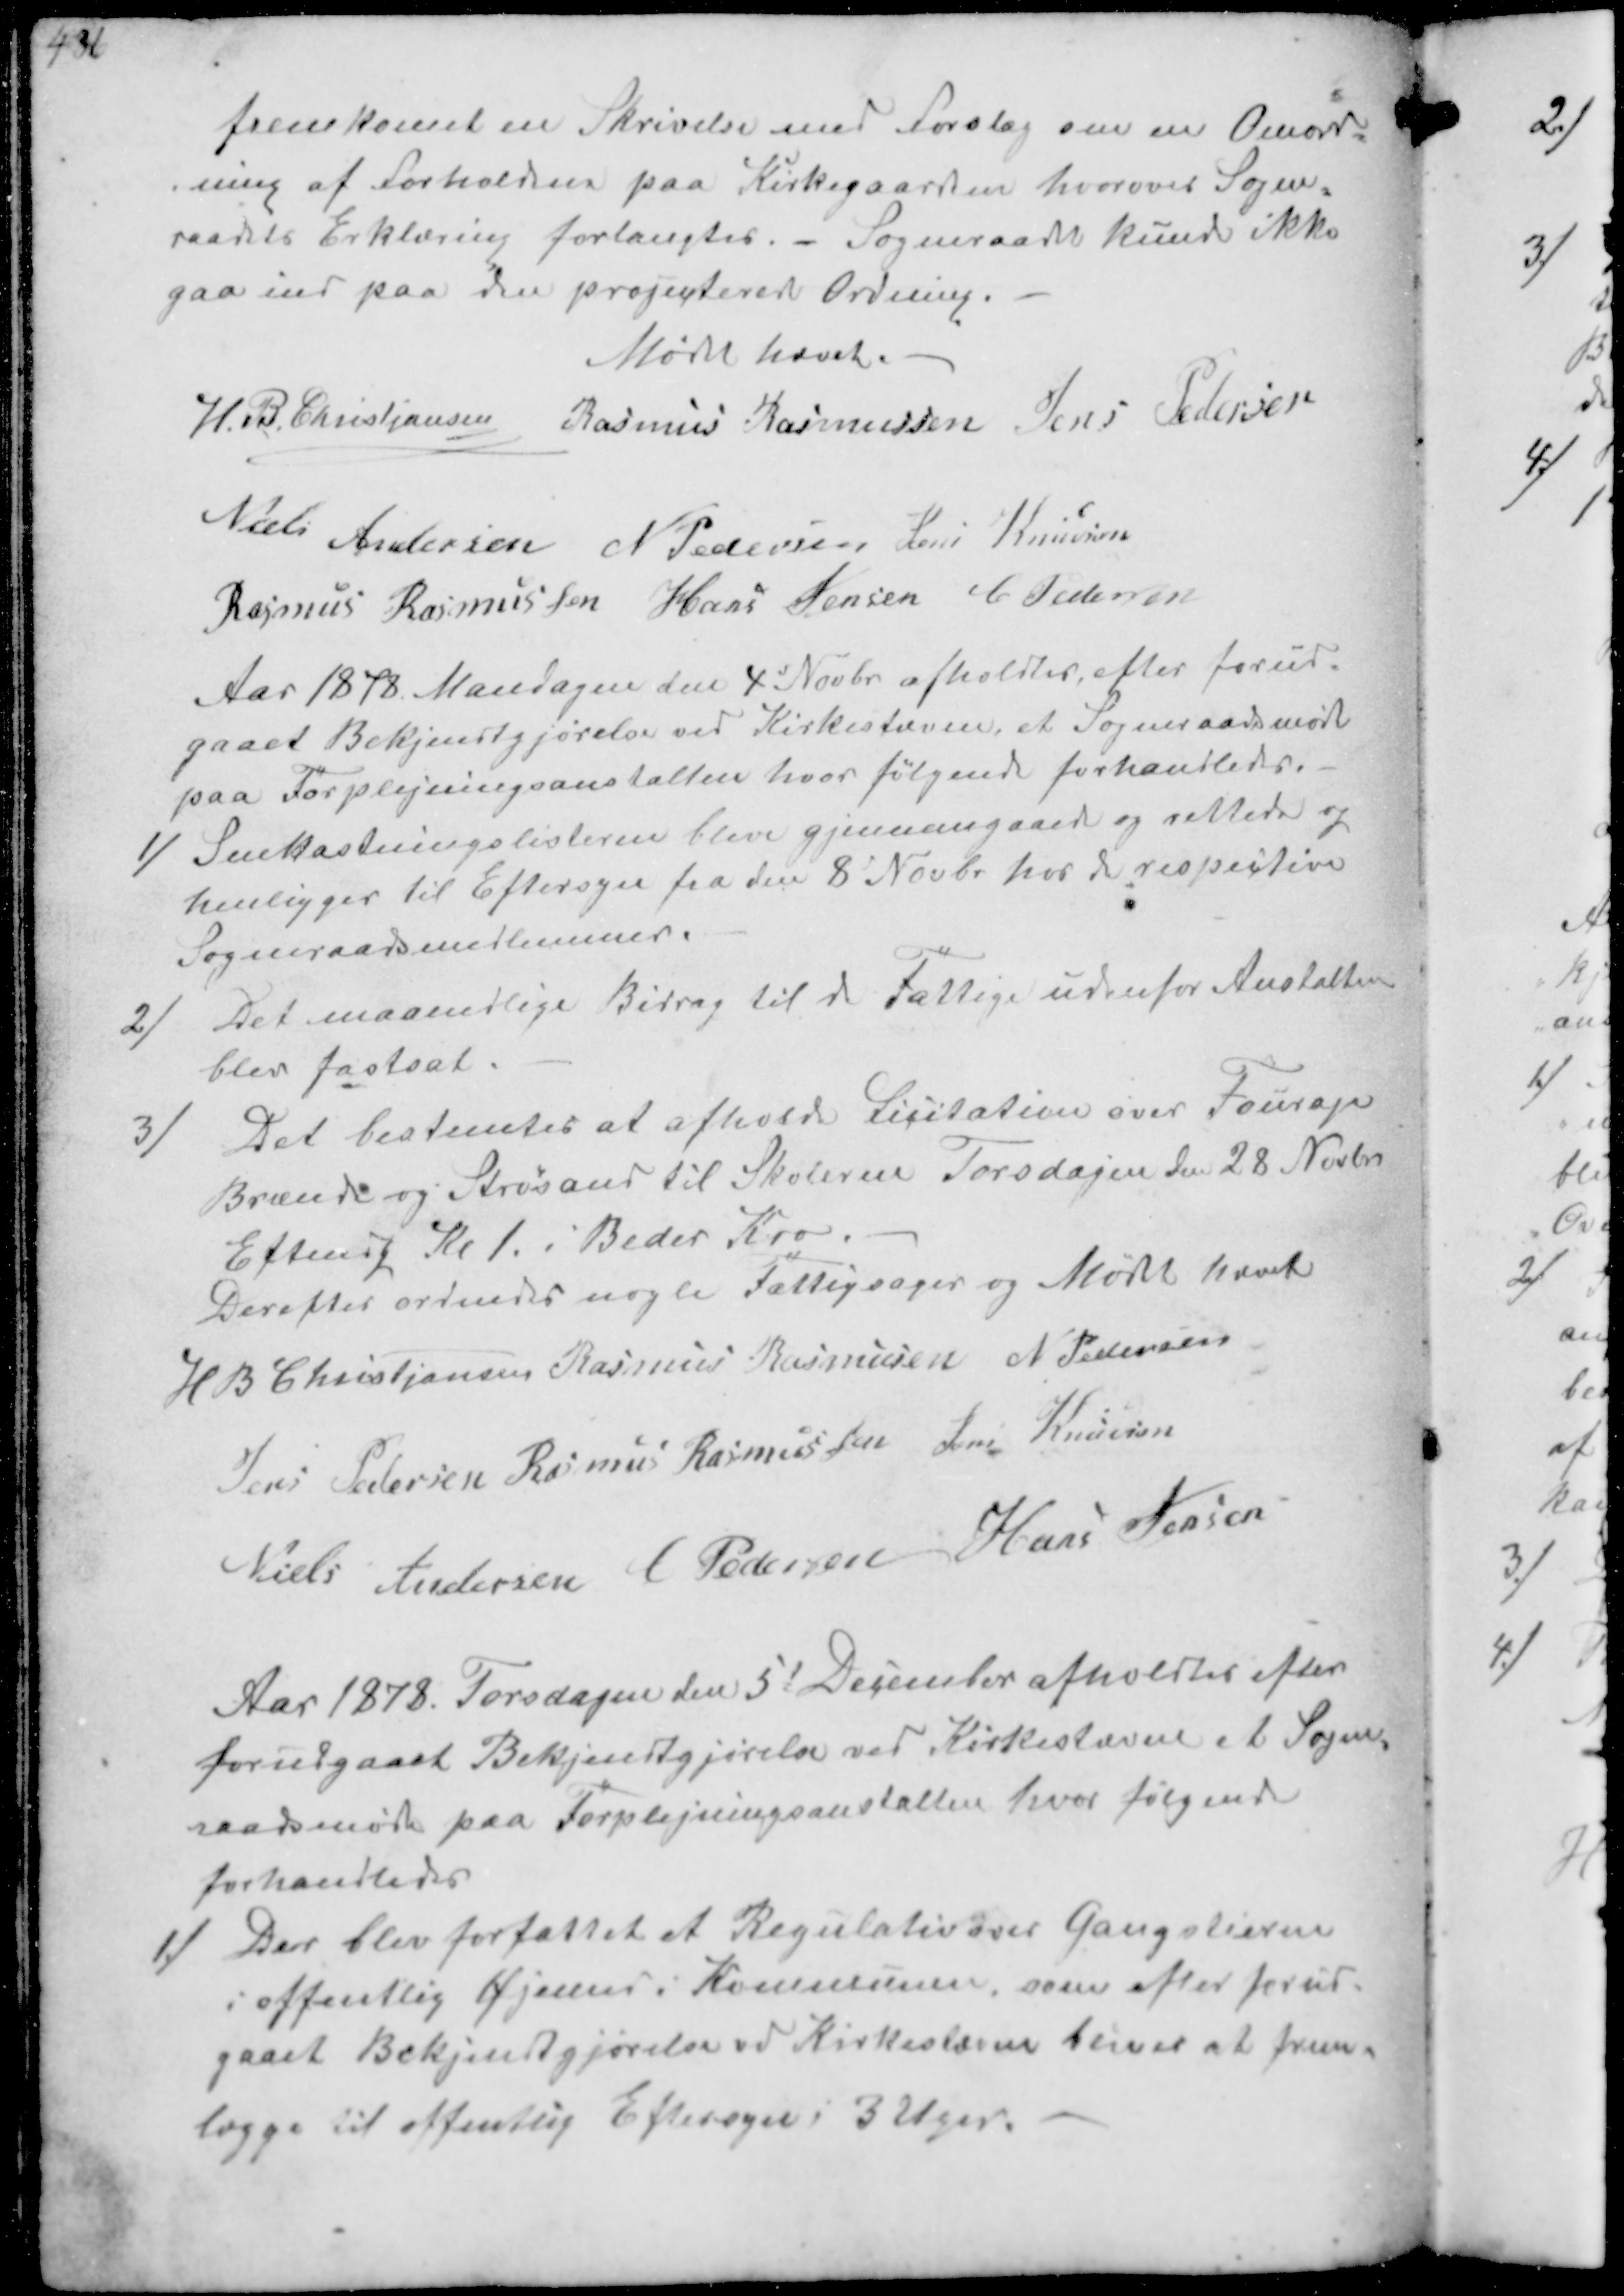
Transskription:
fremkomet en Skrivelse med Forslag om en Omord-
ning af Forholdene paa Kirkegaarden hvorover Sogne-
raadets Erklæring forlangtes. - Sogneraadet kunde ikke
gaa ind paa den projegterede Ordning.
Mødet hævet.
H. B. Christjansen
Rasmus Rasmussen
Jens Pedersen
Niels Andersen
N Pedersen
Jens Knudsen
Rasmus Rasmussen
Hans Jensen
C Pedersen

Aar 1878 Mandagen den 4d Novbr afholdtes, efter forud-
gaaet Bekjendtgjørelse ved Kirkestævne, et Sogneraadsmøde
paa Forplejningsanstalten hvor følgende forhandledes.
1/
Snekastningslisterne blive gjennegaaede og rettede og
henligger til Eftersyn fra den 8´ Novbr hos de  respective
Sogneraadsmedlemmer.
2/
Det maanedlige Bidrag til de Fattige udenfor Anstalten
blev fastsat
3/
Det bestemtes at afholde Licitation over Fourage
Brænde og Strøsand til Skolerne Torsdagen den 28 Novbr
Eftmdg Kl 1. i Beder Kro.
Derefter ordnedes nogle Fattigsager og Mødet hævet
H B Christjansen
Rasmus Rasmussen
N Pedersen
Jens Andersen
Rasmus Rasmussen
Jens Knudsen
Niels Andersen
C Pedersen
Hans Jensen

Aar 1878. Torsdagen den 5d December afholdtes efter
forudgaaet Bekjendtgjørelse ved Kirkeslævne at Sogne-
raadsmøde paa Forplejningsanstalten hvor følgende
forhandledes
1/
Der blev forfattet et Regulativ over Gangstierne
i offentlig Øjemed i Kommunen, som efter forud-
gaaet Bekjendtgjørelse ved Kirkestævne bliver at frem-
lægge til offentlig Eftersyn i 3 Uger.